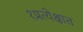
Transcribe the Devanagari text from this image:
१प्रत्येक्षात